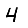
Digit: 4